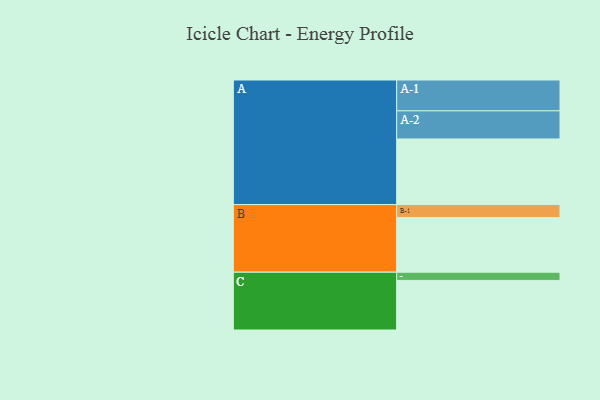
{"axis": {"x": "Segment", "y": "Value"}, "legend": ["", "A", "B", "C"], "data": [{"x": "A", "y": 504, "type": ""}, {"x": "B", "y": 420, "type": ""}, {"x": "C", "y": 381, "type": ""}, {"x": "A-1", "y": 237, "type": "A"}, {"x": "A-2", "y": 216, "type": "A"}, {"x": "B-1", "y": 100, "type": "B"}, {"x": "C-1", "y": 63, "type": "C"}]}